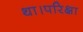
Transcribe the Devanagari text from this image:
था।परिक्षा